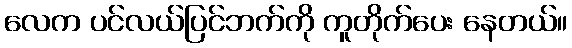
လေက ပင်လယ်ပြင်ဘက်ကို ကူတိုက်ပေး နေတယ်။